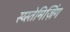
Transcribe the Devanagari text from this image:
स्य्स्तेमिज़िंग